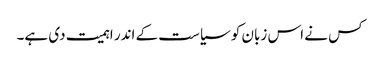
کس نے اس زبان کو سیاست کے اندر اہمیت دی ہے۔